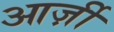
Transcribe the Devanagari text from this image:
आर्ज़ी